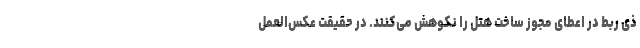
ذی ربط در اعطای مجوز ساخت هتل را نکوهش می‌کنند. در حقیقت عکس‌العمل